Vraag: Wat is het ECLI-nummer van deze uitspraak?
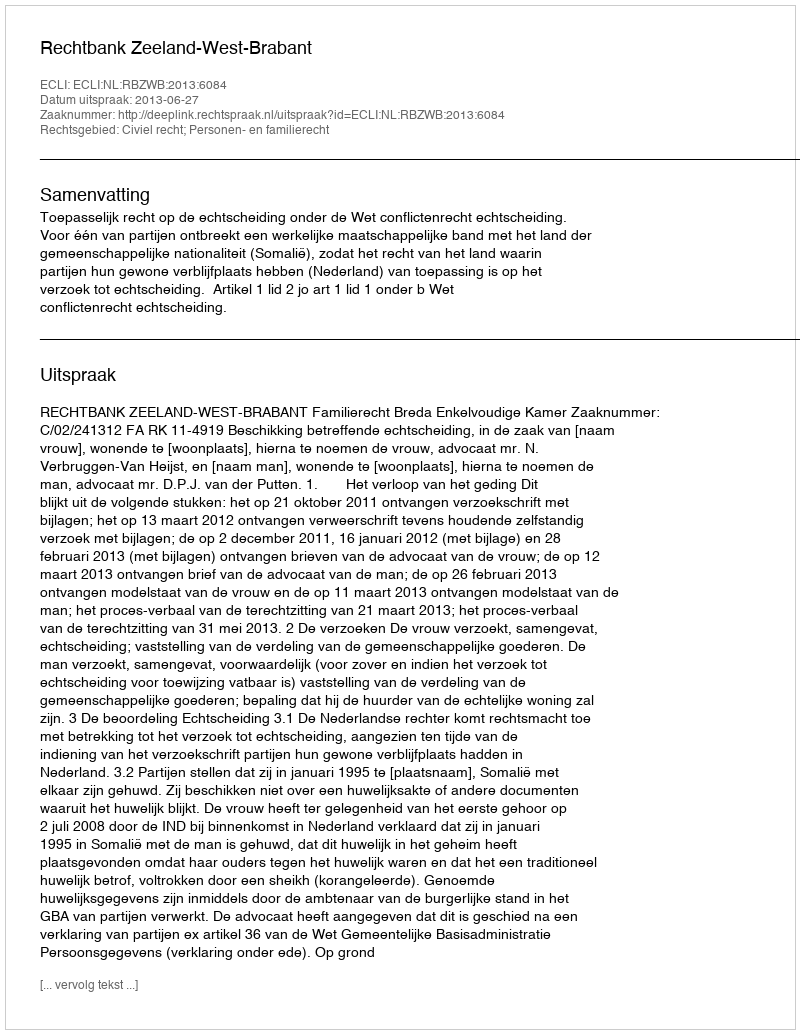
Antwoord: ECLI:NL:RBZWB:2013:6084